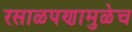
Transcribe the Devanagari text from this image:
रसाळपणामुळेच